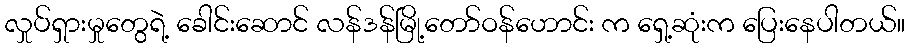
လှုပ်ရှားမှုတွေရဲ့ ခေါင်းဆောင် လန်ဒန်မြို့တော်ဝန်ဟောင်း က ရှေ့ဆုံးက ပြေးနေပါတယ်။